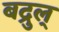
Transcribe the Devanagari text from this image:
बद्रुल्